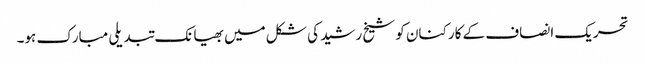
تحریک انصاف کے کارکنان کو شیخ رشید کی شکل میں بھیانک تبدیلی مبارک ہو۔